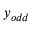
y _ { o d d }